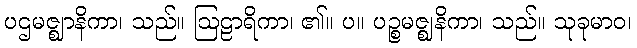
ပဌမဇ္ဈာနိကာ၊ သည်။ ဩဠာရိကာ၊ ၏။ ပ။ ပဉ္စမဇ္ဈနိကာ၊ သည်။ သုခုမာဝ၊